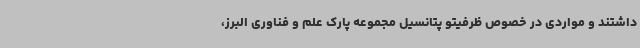
داشتند و مواردی در خصوص ظرفیتو پتانسیل مجموعه پارک علم و فناوری البرز،